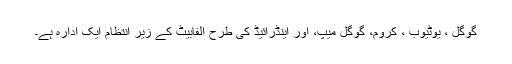
گوگل ، یوٹیوب ، کروم، گوگل میپ، اور اینڈرائیڈ کی طرح الفابیٹ کے زیر انتظام ایک ادارہ ہے۔